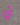
أو